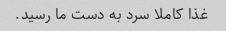
غذا کاملا سرد به دست ما رسید.